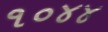
૧૦૪૪